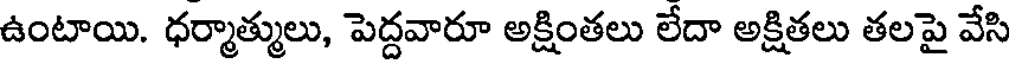
ఉంటాయి. ధర్మాత్ములు, పెద్దవారూ అక్షింతలు లేదా అక్షితలు తలపై వేసి